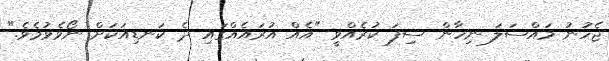
ޖެހުނު މައްސަލަ ނިހާން ސިފަ ކުރެއްވީ "އެއް އުރައެއްގައި ދެ ކަނޑިއަކަށް ނޯވެވުމެވެ."